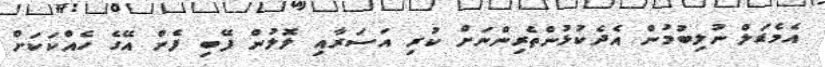
އެމެޑަލް ނުލިބުމުން އެދެކުޅުންތެރިންނަށް ކުރި އަސަރާއި ލޮލުން ފޭބި ފެން އޭގެ ހެއްކަކަށް